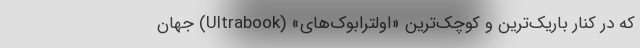
که در کنار باریک‌ترین و کوچک‌ترین «اولترابوک‌های» (Ultrabook) جهان